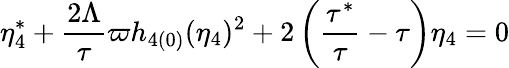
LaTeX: \eta_{4}^{\ast}+\frac{2\Lambda}{\tau}\varpi h_{4(0)}(\eta_{4})^{2}+2\left(\frac{\tau^{\ast}}{\tau}-\tau\right)\eta_{4}=0